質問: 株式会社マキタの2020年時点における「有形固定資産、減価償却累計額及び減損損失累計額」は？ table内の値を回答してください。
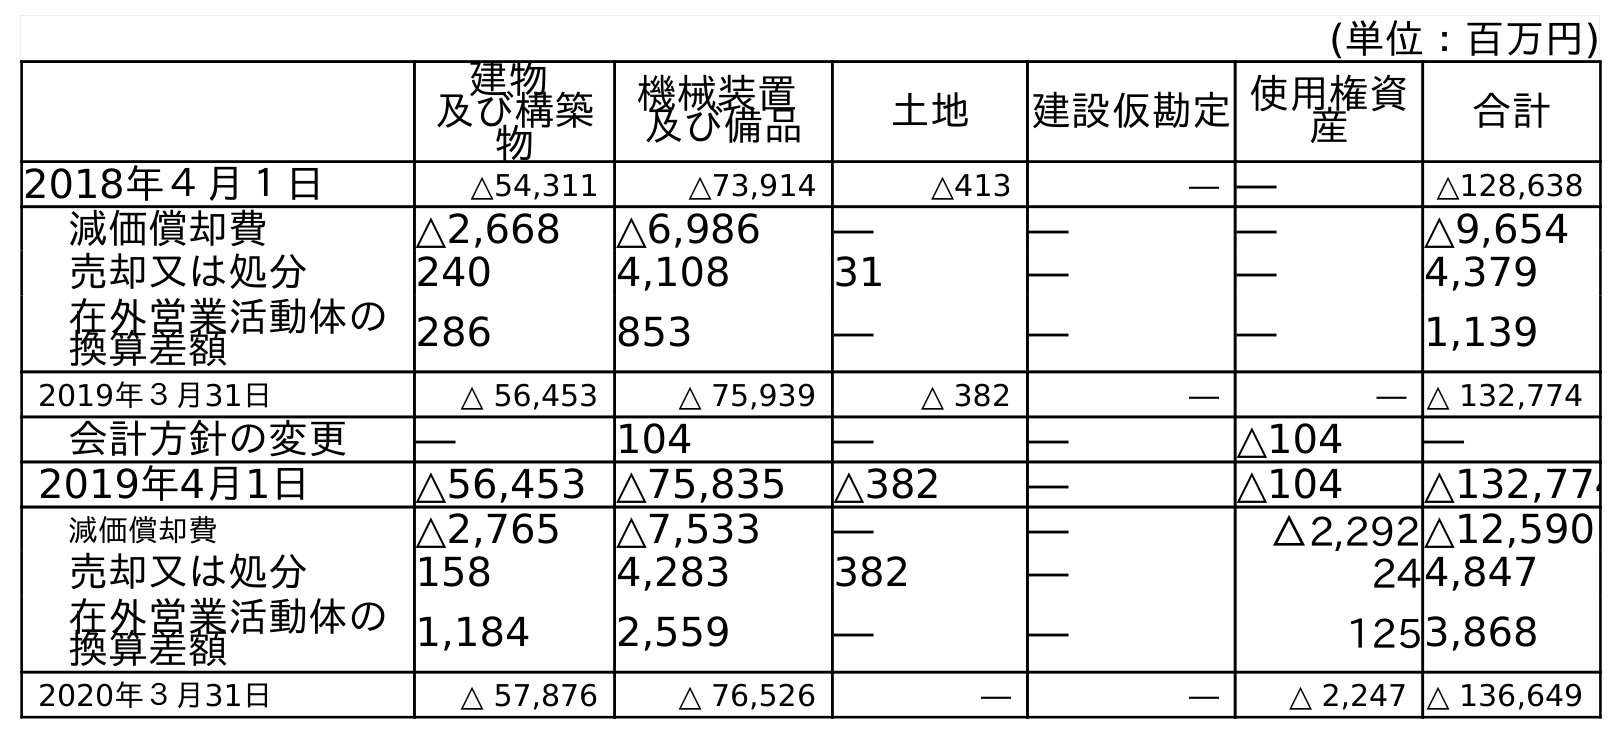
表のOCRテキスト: (単位：百万円) 建物 及び構築 物 機械装置 及び備品 土地 建設仮勘定使用権資 産 合計 2018年４月１日 △54,311 △73,914 △413 ― ― △128,638 減価償却費 △2,668 △6,986 ― ― ― △9,654 売却又は処分 240 4,108 31 ― ― 4,379 在外営業活動体の 換算差額 286 853 ― ― ― 1,139 2019年３月31日 △ 56,453 △ 75,939 △ 382 ― ― △ 132,774 会計方針の変更 ― 104 ― ― △104 ― 2019年4月1日 △56,453 △75,835 △382 ― △104 △132,774 減価償却費 △2,765 △7,533 ― ― △2,292△12,590 売却又は処分 158 4,283 382 ― 244,847 在外営業活動体の 換算差額 1,184 2,559 ― ― 1253,868 2020年３月31日 △ 57,876 △ 76,526 ― ― △ 2,247 △ 136,649
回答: △136,649